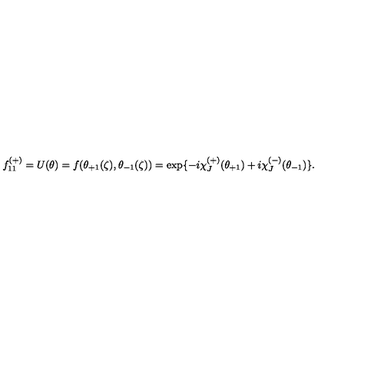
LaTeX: f _ { 1 1 } ^ { ( + ) } = U ( \theta ) = f ( \theta _ { + 1 } ( \zeta ) , \theta _ { - 1 } ( \zeta ) ) = \exp \{ - i \chi _ { J } ^ { ( + ) } ( \theta _ { + 1 } ) + i \chi _ { J } ^ { ( - ) } ( \theta _ { - 1 } ) \} .